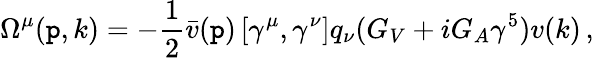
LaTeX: \Omega^{\mu}(\mathtt{p},k)=-\frac{{1}}{{2}}\bar{{v}}(\mathtt{p})\left[\gamma^{\mu},\gamma^{\nu}\right]q_{\nu}(G_{V}+iG_{A}\gamma^{5})v(k)\, ,